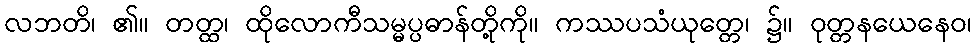
လဘတိ၊ ၏။ တတ္ထ၊ ထိုလောကီသမ္မပ္ပဓာန်တို့ကို။ ကဿပသံယုတ္တေ၊ ၌။ ဝုတ္တနယေနေဝ၊